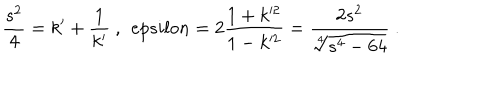
\frac { s ^ { 2 } } { 4 } = k ^ { \prime } + \frac { 1 } { k ^ { \prime } } \ , \ \, e p s i l o n = 2 \frac { 1 + k ^ { 2 } } { 1 - k ^ { 2 } } = \frac { 2 s ^ { 2 } } { \sqrt [ [object Object] ] ] { s ^ { 4 } - 6 4 } } \ .